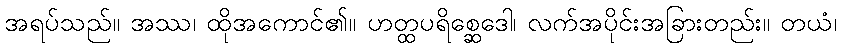
အရပ်သည်။ အဿ၊ ထိုအကောင်၏။ ဟတ္ထပရိစ္ဆေဒေါ၊ လက်အပိုင်းအခြားတည်း။ တယံ၊